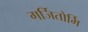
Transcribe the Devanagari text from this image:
गर्जितोर्मि